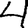
Digit: 4